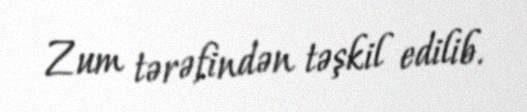
Zum tərəfindən təşkil edilib.